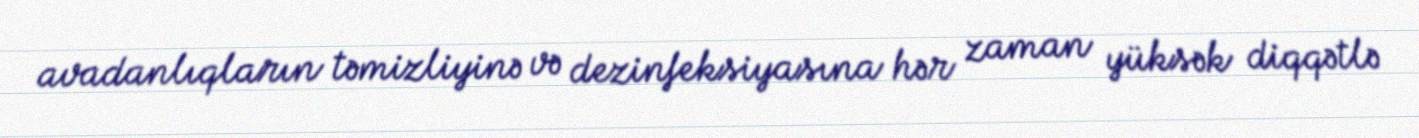
avadanlıqların təmizliyinə və dezinfeksiyasına hər zaman yüksək diqqətlə